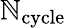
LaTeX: \mathbb{N}_{\mathrm{{cycle}}}